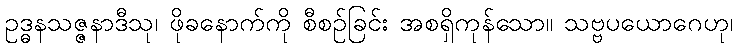
ဥဒ္ဓနသဇ္ဇနာဒီသု၊ ဖိုခနောက်ကို စီစဉ်ခြင်း အစရှိကုန်သော။ သဗ္ဗပယောဂေဟု၊